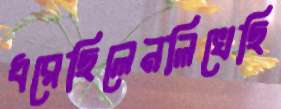
ধরেছিলেনলিখেছি